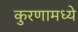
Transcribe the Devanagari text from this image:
कुरणामध्ये